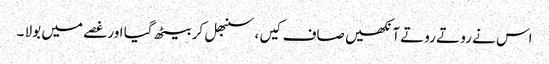
اس نے رو تے روتے آنکھیں صاف کیں ، سنبھل کر بیٹھ گیا اور غصے میں بولا ۔